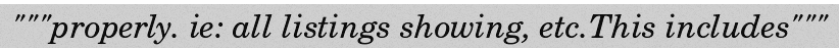
"""properly. ie: all listings showing, etc.This includes"""